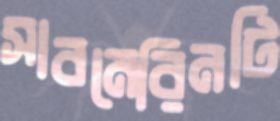
সাবমেরিনটি